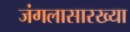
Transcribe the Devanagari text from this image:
जंगलासारख्या